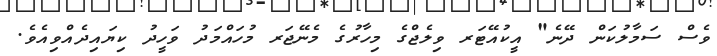
ވެސް ސަމާލުކަން ދޭނެ" އީކުއޭޓަރ ވިލެޖްގެ މިހާރުގެ މެނޭޖަރ މުހައްމަދު ވަހީދު ކިޔައިދެއްވިއެވެ.